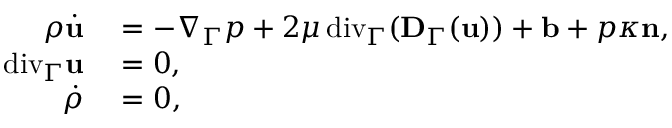
\begin{array} { r l } { \rho \dot { \mathbf u } } & { { } = - \nabla _ { \Gamma } p + 2 \mu { \mathop { \, \mathrm { d i v } } } _ { \Gamma } ( \mathbf D _ { \Gamma } ( \mathbf u ) ) + \mathbf b + p \kappa \mathbf n , } \\ { { \mathop { \, \mathrm { d i v } } } _ { \Gamma } \mathbf u } & { { } = 0 , } \\ { \dot { \rho } } & { { } = 0 , } \end{array}